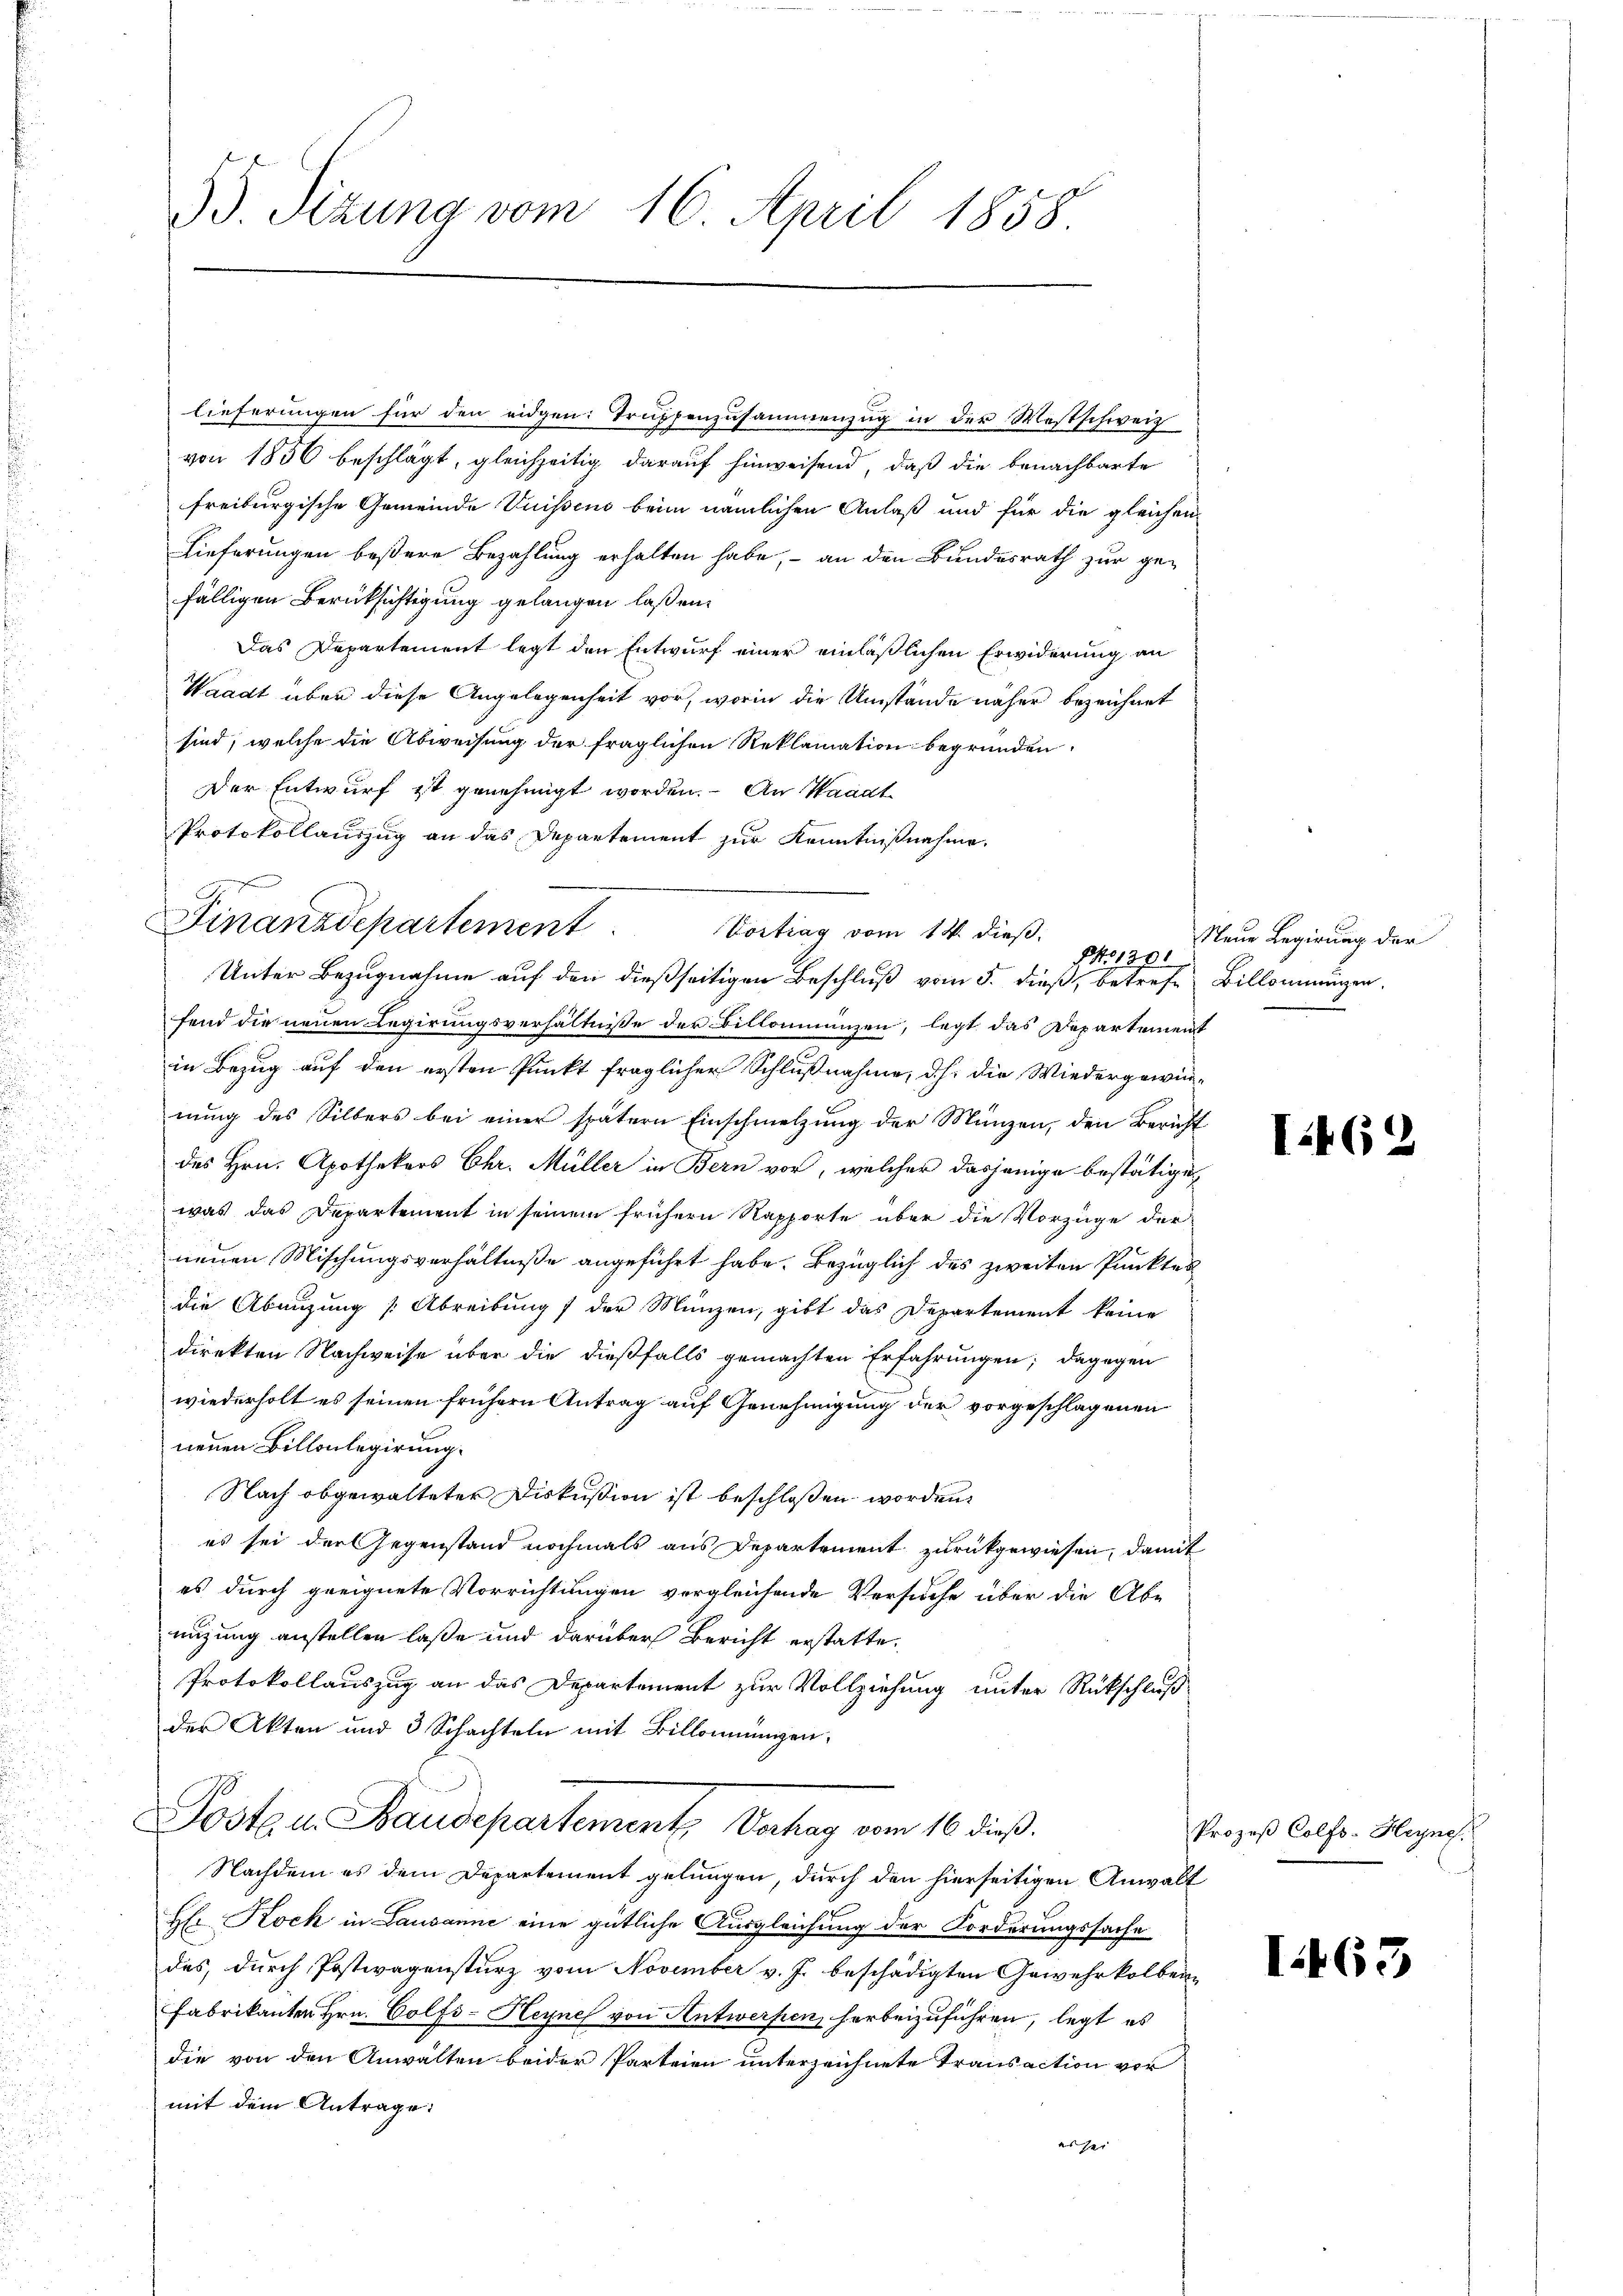
35. Sizung vom 16. April 1858.

lieferungen für den eidgen: Truppenzusammenzug in der Westschweiz
von 1856 beschlägt, gleichzeitig darauf hinweisend, daß die benachbarte
freiburgische Gemeinde Vuissens beim nämlichen Anlaß und für die gleichen
Lieferungen beßere Bezahlung erhalten habe, – an den Bundesrath zur gefälligen Berücksichtigung gelangen laßen,
Das Departement legt den Entwurf einer einläßlichen Erwiderung an
Waadt über diese Angelegenheit vor, worin die Umstände näher bezeichnet
sind, welche die Abweisung der fraglichen Reklamation begründen,
Der Entwurf ist genehmigt worden. An Waadt
Protokollauszug an das Departement zur Kenntnißnahme.
Unter Bezugnahme auf den dießseitigen Beschluß vom 5. dieß, betrefe Billommungen,
fend die neuen Regierungsverhältnisse der Billonienzen, legt das Departement
in Bezug auf den ersten Punkt fraglicher Schlußnahme, d.h. die Wiedergewinnung des Silbers bei einer spätern Einschmelzung der Münzen, den Bericht
des Hrn. Apothekers Chr. Müller in Bern vor, welcher dasjenige bestätige
was das Departement in seinem frühern Rapporte über die Vorzüge der
neuen Mischungsverhältniße angeführt habe. Bezüglich des zweiten Punktes
u
die Abeizung [Abreibung der Münzen, gibt das Departement keine
direkten Nachweise über die dießfalls gemachten Erfahrungen; dagegen
wiederholt es seinen frühern Antrag auf Genehmigung der vorgeschlagenen
neuen Billonlegirung.
Nach obgewalteter Diskussion ist beschlossen worden.
es sei der Gegenstand nochmals aus Departement zurückgewiesen, damit
es durch geeignete Vorrichtungen vergleichende Versuche über die Abe
nüzung anstellen laße und darüber Bericht erstatte.
Protokollauszug an das Departement zur Vollziehung unter Rückschluß
der Akten und 3 Schachteln mit Billonnungen,
Posten Baudepartement, Verhag vom 10. dieß.
Nachdem es dem Departement gelungen, durch den hierseitigen Anwalt
Hr Rock in Lausanne eine gütliche Ausgleichung der Forderungssache
des, durch Postwagensturz vom November v. J. beschädigten Gewehrkolben-
Fabrikanten Hrn. Colfs-Heyne von Antwerfen herbeizuführen, legt es
die von den Anwalten beider Parteien unterzeichnete Transaction vor
mit dem Antrage:
es sei

Finanzdepartement. Vortrag vom 14. dieß.

No 1301

Neue Regierung der

Ti46.

Prozeß Colfs-Heyne
h

I463